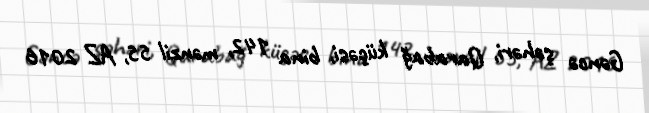
Gəncə şəhəri, Qarabağ küçəsi, bina 142, mənzil 55, AZ 2016